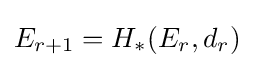
E_{r+1}=H_{*}(E_{r},d_{r})